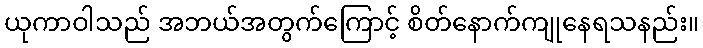
ယုကာဝါသည် အဘယ်အတွက်ကြောင့် စိတ်နောက်ကျုနေရသနည်း။